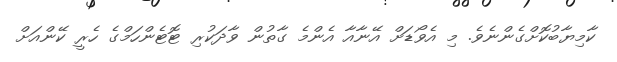
ކާމިޔާބުކޮށްގެންނެވެ. މި އެވޯޑަށް އޭނާއާ އެންމެ ގާތުން ވާދަކުރި ޓޮޓެންހަމްގެ ހެރީ ކޭންއަށް